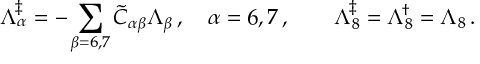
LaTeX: \Lambda _ { \alpha } ^ { \ddagger } = - \sum _ { \beta = 6 , 7 } \tilde { C } _ { \alpha \beta } \Lambda _ { \beta } \, , \quad \alpha = 6 , 7 \, , \quad \quad \Lambda _ { 8 } ^ { \ddagger } = \Lambda _ { 8 } ^ { \dagger } = \Lambda _ { 8 } \, .